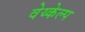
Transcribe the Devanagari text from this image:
वेय्केल्प